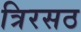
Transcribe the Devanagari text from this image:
त्रिरसठ